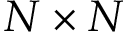
N \times N